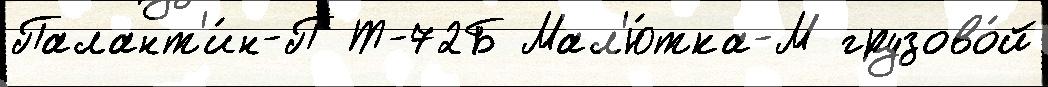
Палант'и́н-П Т-72Б Мал'ю́тка-М грузово́й